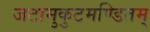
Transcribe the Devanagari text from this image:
जटामुकुटमण्डितम्‌